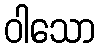
ဝါသော